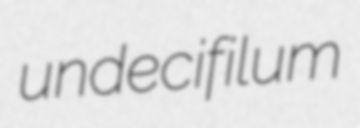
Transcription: undecifilum